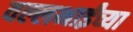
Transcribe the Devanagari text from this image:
वल्लभाईंच्या